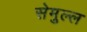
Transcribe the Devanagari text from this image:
सेमुल्ल